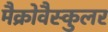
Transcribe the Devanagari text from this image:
मैक्रोवैस्कुलर